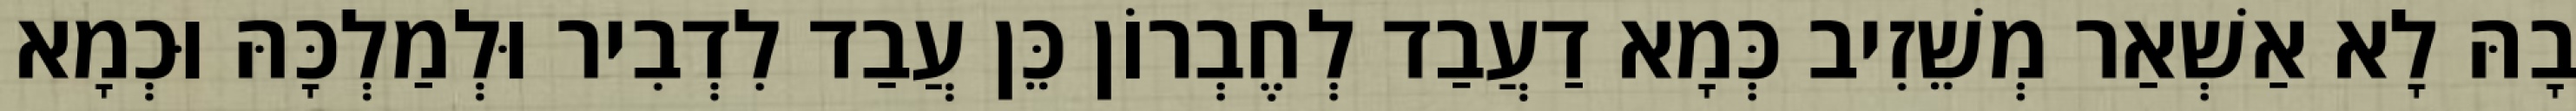
בָהּ לָא אַשְׁאַר מְשֵׁזִיב כְּמָא דַעֲבַד לְחֶבְרוֹן כֵּן עֲבַד לִדְבִיר וּלְמַלְכָּהּ וּכְמָא